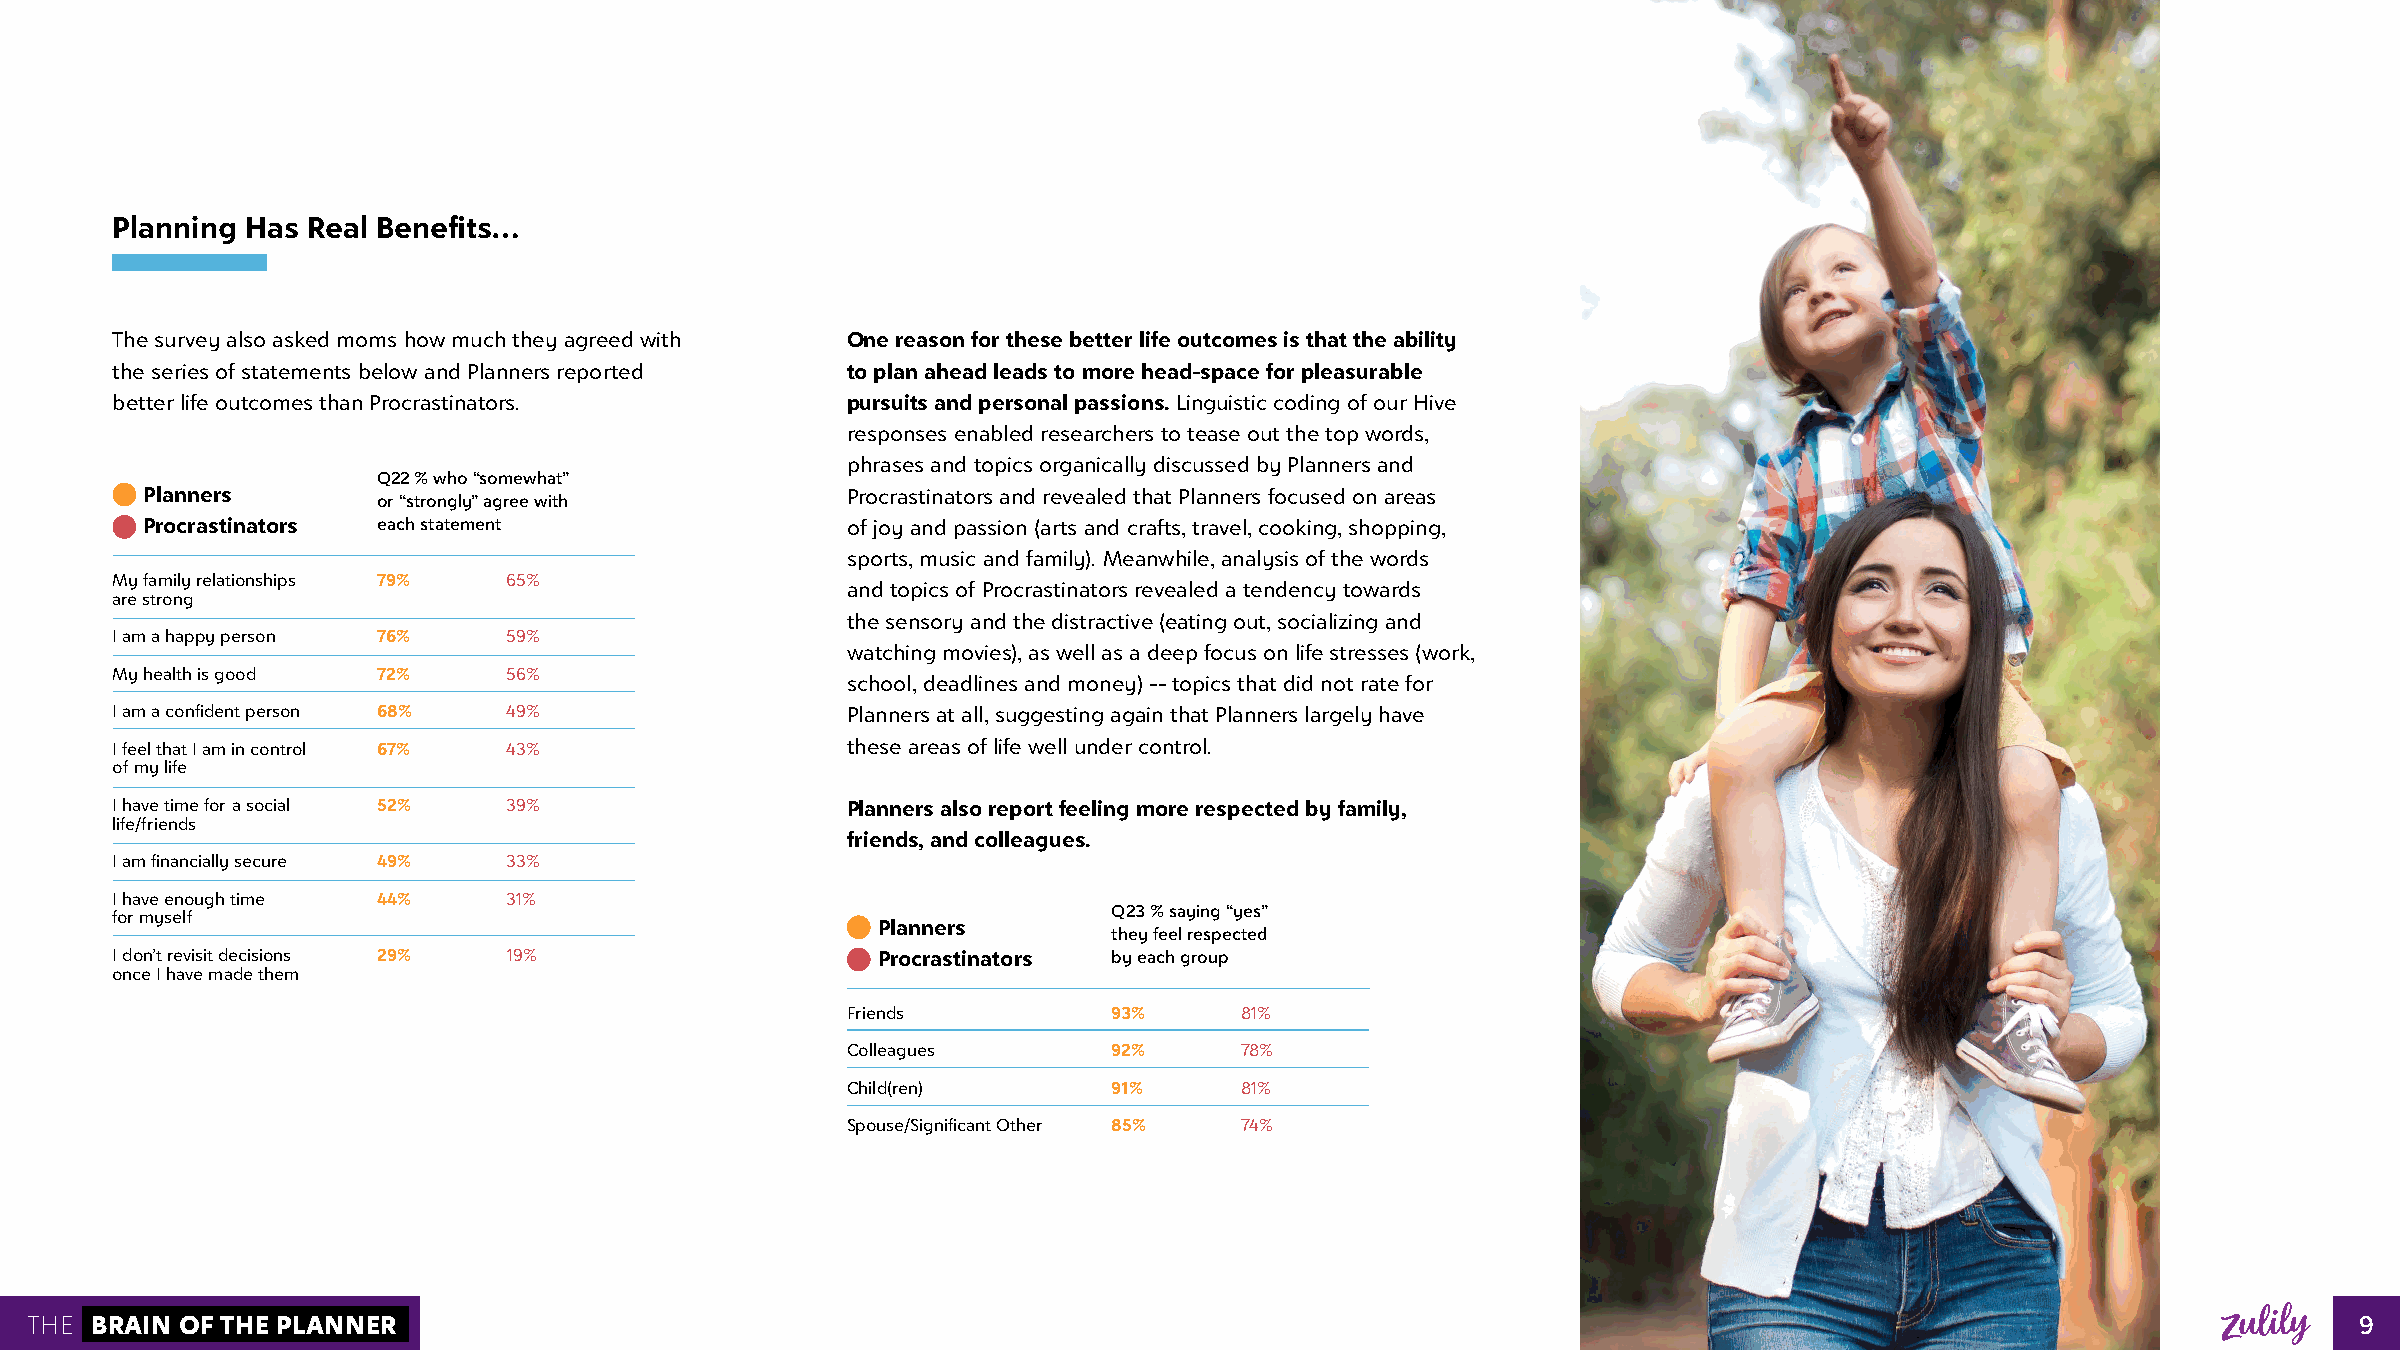
Planning Has Real Benefits…
 The survey also asked moms how much they agreed with One reason for these better life outcomes is that the ability
 the series of statements below and Planners reported to plan ahead leads to more head-space for pleasurable
 better life outcomes than Procrastinators.       pursuits and personal passions. Linguistic coding of our Hive
 responses enabled researchers to tease out the top words,
 phrases and topics organically discussed by Planners and
 Q22 % who “somewhat”
 Planners                                       Procrastinators and revealed that Planners focused on areas
 or “strongly” agree with
 Procrastinators each statement                 of joy and passion (arts and crafts, travel, cooking, shopping,
 sports, music and family). Meanwhile, analysis of the words
 My family relationships 79% 65%
 and topics of Procrastinators revealed a tendency towards
 are strong
 the sensory and the distractive (eating out, socializing and
 I am a happy person 76%    59%
 watching movies), as well as a deep focus on life stresses (work,
 My health is good 72%      56%                                                                                     image
 school, deadlines and money) -- topics that did not rate for
 I am a confident person 68% 49%                  Planners at all, suggesting again that Planners largely have
 I feel that I am in control 67% 43%              these areas of life well under control.
 of my life
 I have time for a social 52% 39%                 Planners also report feeling more respected by family,
 life/friends
 friends, and colleagues.
 I am financially secure 49% 33%
 I have enough time 44%     31%
 Q23 % saying “yes”
 for myself
 Planners
 they feel respected
 I don’t revisit decisions 29% 19%                  Procrastinators by each group
 once I have made them
 Friends           93%     81%
 Colleagues        92%     78%
 Child(ren)        91%     81%
 Spouse/Significant Other 85% 74%
 THE BRAIN OF THE PLANNER                                                                                                                                  9